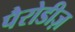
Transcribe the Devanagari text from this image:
पैरोडीज़